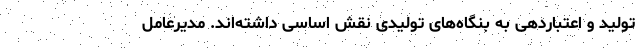
تولید و اعتباردهی به بنگاه‌های تولیدی نقش اساسی داشته‌اند. مدیرعامل